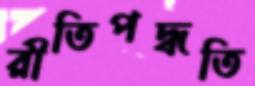
রীতিপদ্ধতি